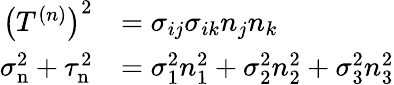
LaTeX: {\begin{array}{rl}{\left(T^{(n)}\right)^{2}}&{=\sigma_{ij}\sigma_{ik}n_{j}n_{k}}\\ {\sigma_{\mathrm{n}}^{2}+\tau_{\mathrm{n}}^{2}}&{=\sigma_{1}^{2}n_{1}^{2}+\sigma_{2}^{2}n_{2}^{2}+\sigma_{3}^{2}n_{3}^{2}}\end{array}}